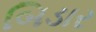
બિડાર